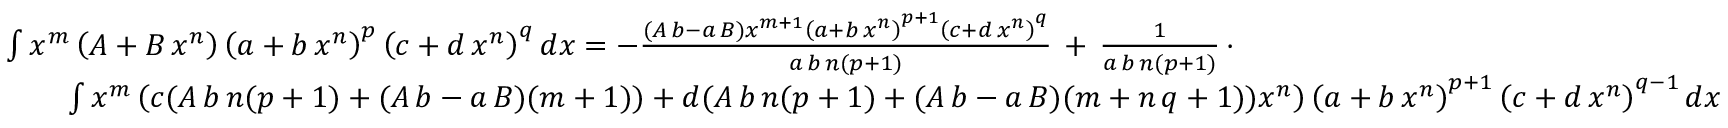
{ \begin{array} { r l } & { \int x ^ { m } \left( A + B \, x ^ { n } \right) \left( a + b \, x ^ { n } \right) ^ { p } \left( c + d \, x ^ { n } \right) ^ { q } d x = - { \frac { ( A \, b - a \, B ) x ^ { m + 1 } \left( a + b \, x ^ { n } \right) ^ { p + 1 } \left( c + d \, x ^ { n } \right) ^ { q } } { a \, b \, n ( p + 1 ) } } \, + \, { \frac { 1 } { a \, b \, n ( p + 1 ) } } \, \cdot } \\ & { \qquad \int x ^ { m } \left( c ( A \, b \, n ( p + 1 ) + ( A \, b - a \, B ) ( m + 1 ) ) + d ( A \, b \, n ( p + 1 ) + ( A \, b - a \, B ) ( m + n \, q + 1 ) ) x ^ { n } \right) \left( a + b \, x ^ { n } \right) ^ { p + 1 } \left( c + d \, x ^ { n } \right) ^ { q - 1 } d x } \end{array} }